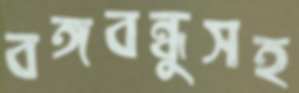
বঙ্গবন্ধুসহ